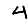
Digit: 4